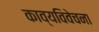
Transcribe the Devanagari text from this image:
काव्यविवेचना